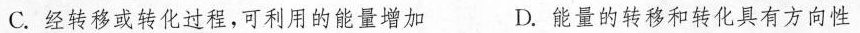
C. 经转移或转化过程，可利用的能量增加 D. 能量的转移和转化具有方向性